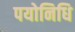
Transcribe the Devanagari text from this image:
पयोनिधि